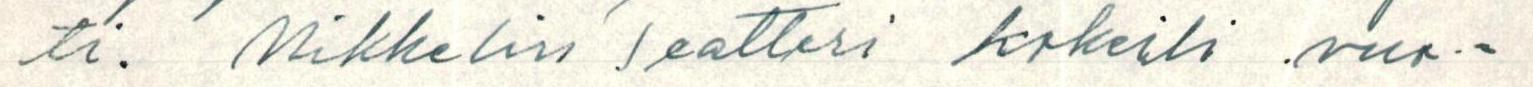
ti. Mikkelin Teatteri kokeili vuo=